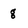
Character: g